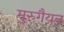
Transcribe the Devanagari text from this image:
मुरुगैयन